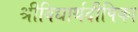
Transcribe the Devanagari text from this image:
श्रीविद्यार्थदीपिका